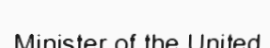
Minister of the United